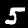
Digit: 5